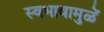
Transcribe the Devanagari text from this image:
स्वभावामुळें